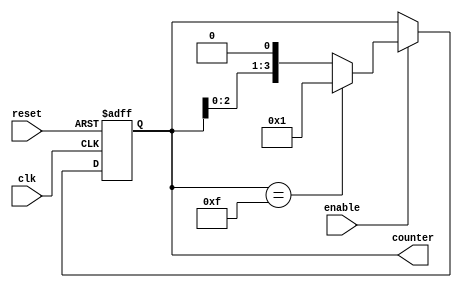
module ring_counter_with_enable(
    input wire clk,
    input wire reset,
    input wire enable,
    output reg [3:0] counter
);

always @(posedge clk or posedge reset) begin
    if (reset) begin
        counter <= 4'b0000;
    end else if (enable) begin
        counter <= counter << 1;
        if (counter == 4'b1111) begin
            counter <= 4'b0001;
        end
    end
end

endmodule